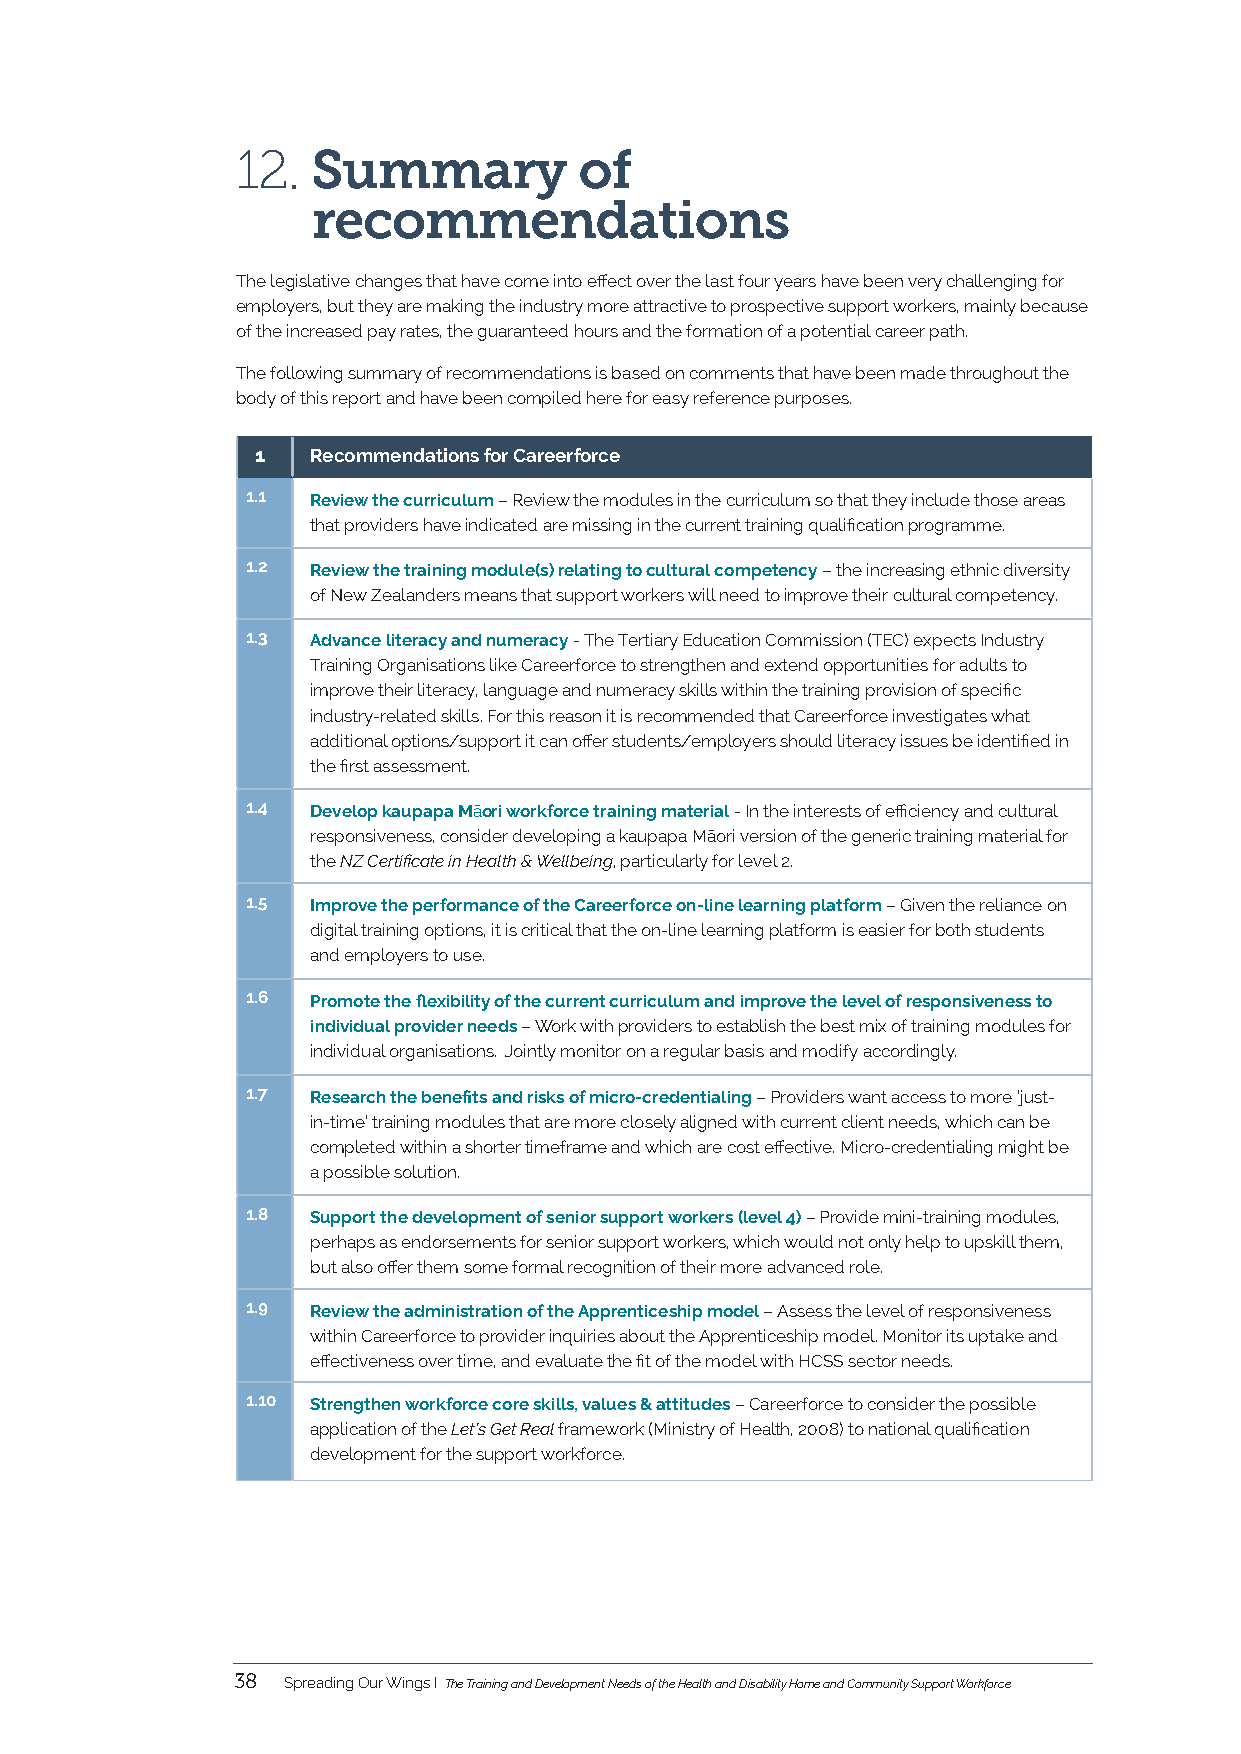
12.  Summary          of
 recommendations
 The legislative changes that have come into effect over the last four years have been very challenging for
 employers, but they are making the industry more attractive to prospective support workers, mainly because
 of the increased pay rates, the guaranteed hours and the formation of a potential career path.
 The following summary of recommendations is based on comments that have been made throughout the
 body of this report and have been compiled here for easy reference purposes.
 1   Recommendations for Careerforce
 1.1  Review the curriculum – Review the modules in the curriculum so that they include those areas
 that providers have indicated are missing in the current training qualification programme.
 1.2  Review the training module(s) relating to cultural competency – the increasing ethnic diversity
 of New Zealanders means that support workers will need to improve their cultural competency.
 1.3  Advance literacy and numeracy - The Tertiary Education Commission (TEC) expects Industry
 Training Organisations like Careerforce to strengthen and extend opportunities for adults to
 improve their literacy, language and numeracy skills within the training provision of specific
 industry-related skills. For this reason it is recommended that Careerforce investigates what
 additional options/support it can offer students/employers should literacy issues be identified in
 the first assessment.
 1.4  Develop kaupapa Māori workforce training material - In the interests of efficiency and cultural
 responsiveness, consider developing a kaupapa Māori version of the generic training material for
 the NZ Certificate in Health & Wellbeing, particularly for level 2.
 1.5  Improve the performance of the Careerforce on-line learning platform – Given the reliance on
 digital training options, it is critical that the on-line learning platform is easier for both students
 and employers to use.
 1.6  Promote the flexibility of the current curriculum and improve the level of responsiveness to
 individual provider needs – Work with providers to establish the best mix of training modules for
 individual organisations. Jointly monitor on a regular basis and modify accordingly.
 1.7  Research the benefits and risks of micro-credentialing – Providers want access to more ‘just-
 in-time’ training modules that are more closely aligned with current client needs, which can be
 completed within a shorter timeframe and which are cost effective. Micro-credentialing might be
 a possible solution.
 1.8  Support the development of senior support workers (level 4) – Provide mini-training modules,
 perhaps as endorsements for senior support workers, which would not only help to upskill them,
 but also offer them some formal recognition of their more advanced role.
 1.9  Review the administration of the Apprenticeship model – Assess the level of responsiveness
 within Careerforce to provider inquiries about the Apprenticeship model. Monitor its uptake and
 effectiveness over time, and evaluate the fit of the model with HCSS sector needs.
 1.10 Strengthen workforce core skills, values & attitudes – Careerforce to consider the possible
 application of the Let’s Get Real framework (Ministry of Health, 2008) to national qualification
 development for the support workforce.
 38  Spreading Our Wings I The Training and Development Needs of the Health and Disability Home and Community Support Workforce